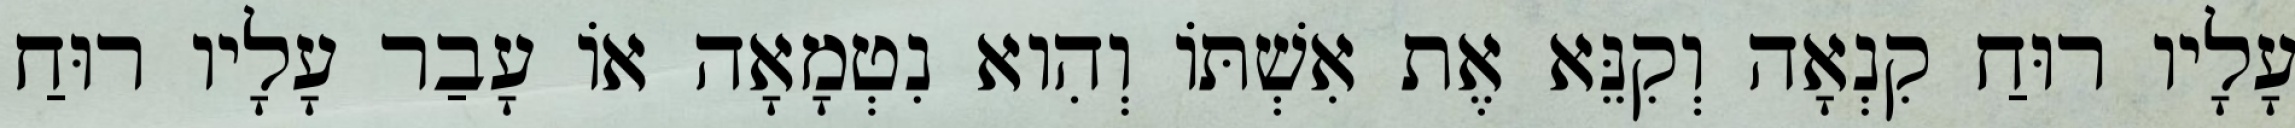
עָלָיו רוּחַ קִנְאָה וְקִנֵּא אֶת אִשְׁתּוֹ וְהִוא נִטְמָאָה אוֹ עָבַר עָלָיו רוּחַ